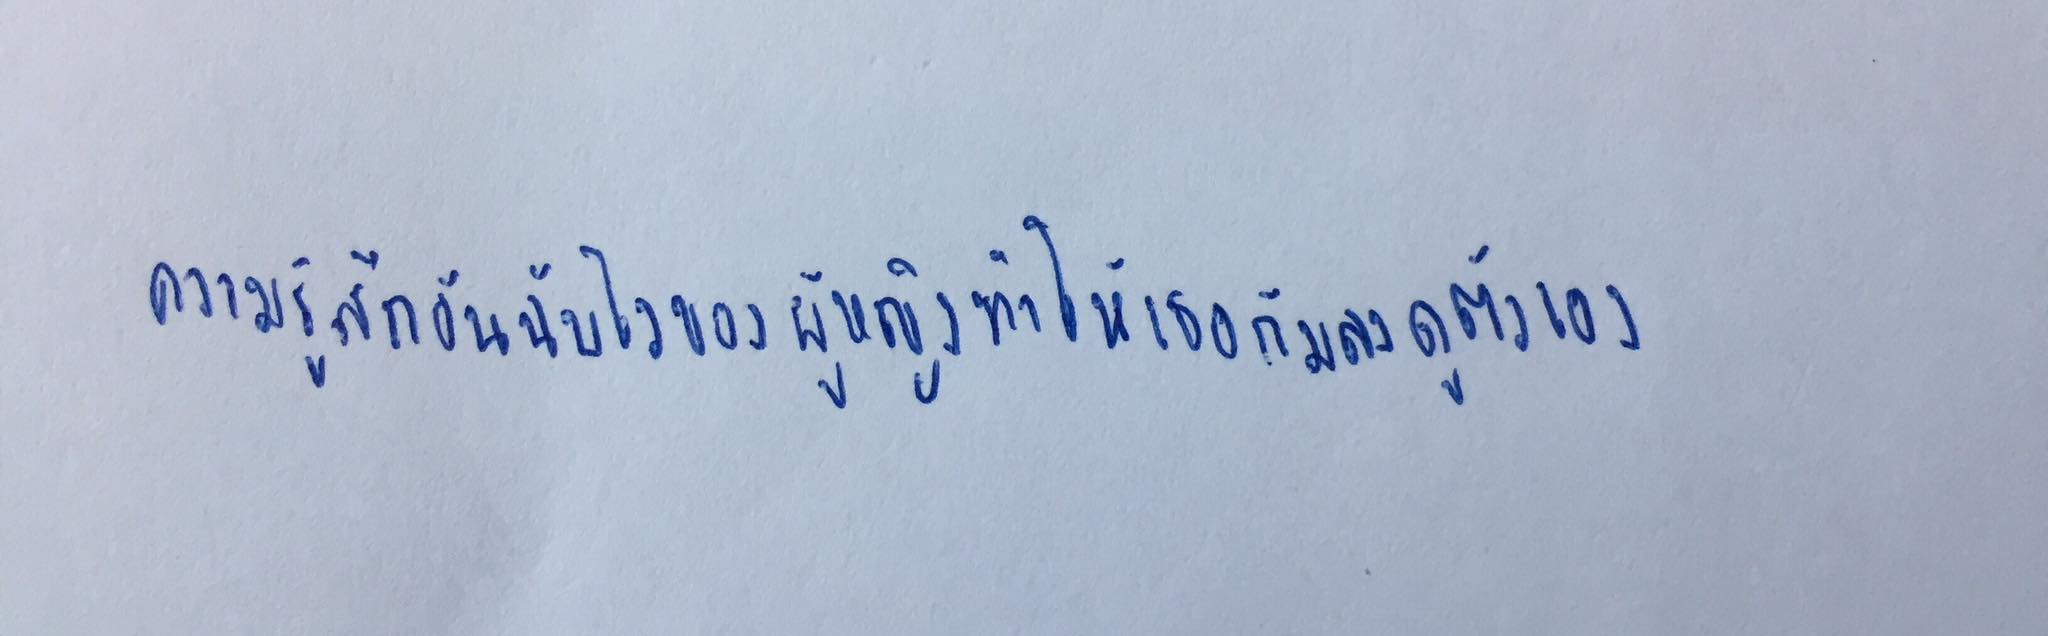
ความรู้สึกอันฉับไวของผู้หญิงทำให้เธอก้มลงดูตัวเอง